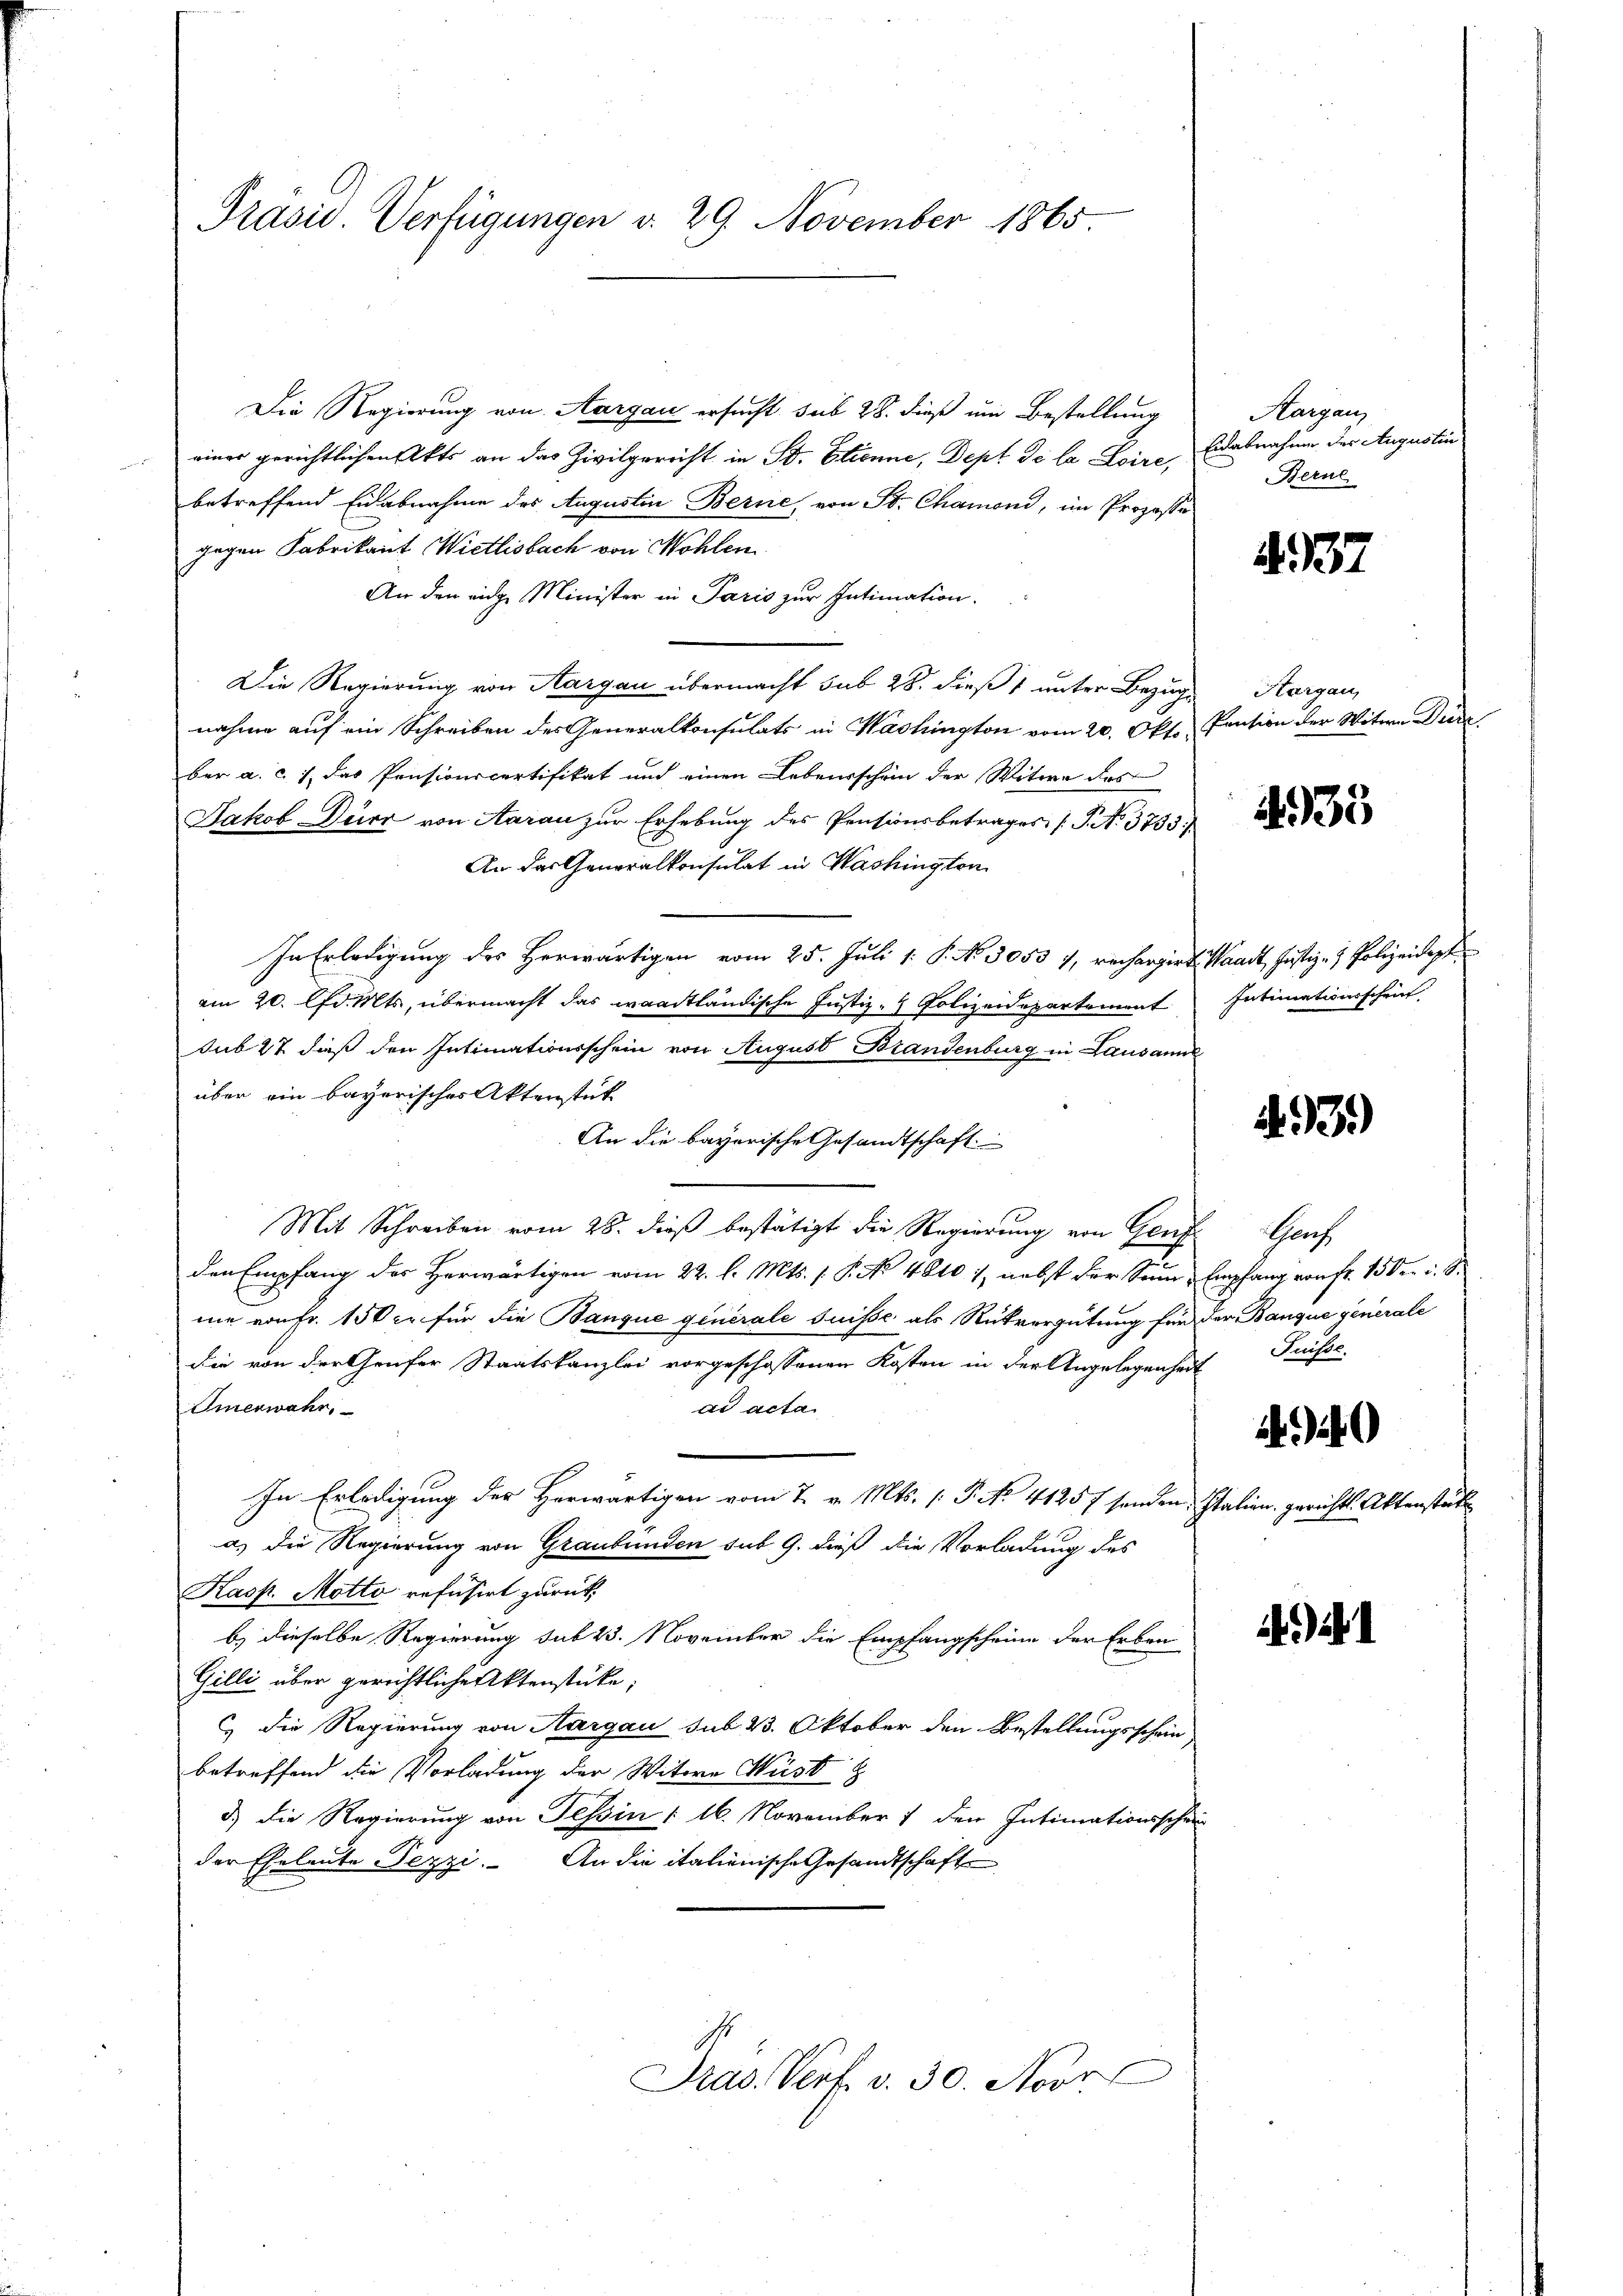
Präsid. Verfügungen d. 29. November 1865

Die Regierung von Aargau ersucht sub 28. dieß um Bestellung
einer gerichtlichen Akts an das Zivilgericht in St. Etienne, Dept de la Loire,
betreffend Eidabnahme des Augustin Berne, von St. Chamond, im Prozessa
gegen Fabrikant Wietlisbach von Wohlen
An den eidge Minister in Paris zur Intimation.
Die Regierung von Aargau übermacht sub 28. dieß unter Bezug Aargau,
nahme auf ein Schreiben des Generalkonsulats in Washington vom 20. Okt. Pension der Witwe Dürr
ber a. c. s. das Pensionspartifikat und einen Lebensschein der Witwe des
Jakob Dürr von Aarau zur Erhebung des Pensionsbetrages (T. No 3733/
An das Generalkonsulat in Washingten
In Erledigung des Herwärtigen vom 25. Juli 1 S. No. 3053 7, rechargirt Waadt, Justiz- & Polizeidigt
am 20. d. Mts, übermacht das waadtländische Justiz- & Polizeidepartement Intimationsschrif
sub 27 dieß den Intimationsschein von August Brandenburg in Lausanne
über ein bayerisches Aktenstück
An die bayerische Gesandtschaft.
Mit Schreiben vom 28. dieß bestätigt die Regierung von Genf
den Empfang des Herwärtigen vom 22. l. Mts. (T. No 4810 1, nebst der Sonne Empfang von Fr. 15ten u. S.
me von Fr. 150 xr für die Banque generale suisse als Rückvergütung für der Banque generale
die von der Grufer Staatskanzlei vorgeschossenen Kosten in der Angelegenheit Preisse
Sierwahr,
ad acta
In Erledigung der Herwärtigen vom 7. v. Mts. 1. P. No 41257 sonden, Italien, gerichts. Aktenstät
a) die Regierung von Graubünden sub 9. dieß die Vorladung des
Kasp. Motto refüsirt zurück
b) dieselbe Regierung sub 23. November die Empfangscheine der Erben
Gilli über gerichtliche Aktenstücke;
 die Regierung von Aargau sub 23. Oktober den Bestellungsschein
betreffend die Vorladung der Witwe Must
d.) Die Regierung von Tessin § 16. November 1 den Intimationsschein
der Eheleute Pezzi. An die italienische Gesandtschafte
Pras. Verf. v. 30. Nove

Aargau,
Eidabnahme der Augustin
Berne

A. 137

1935

3.)

Schach

.

)